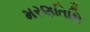
મરણતિથિ